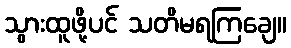
သွားထူဖို့ပင် သတိမရကြချေ။